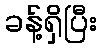
ခန့်ရှိပြီး